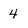
Character: 4